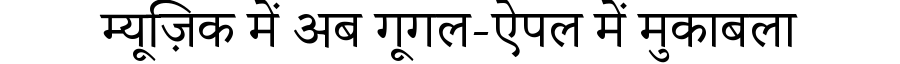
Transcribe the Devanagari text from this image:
म्यूज़िक में अब गूगल-ऐपल में मुकाबला